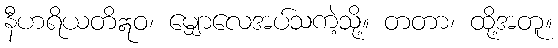
နီဟရိယတိဣဝ၊ မျှောလေအပ်သကဲ့သို့။ တတာ၊ ထို့အတူ။